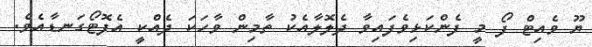
ޔޫ ވެއިޓް ފޯ މީ ފެންކަޅިވެފައިވާ ދެލޮލާއެކު ތާމިން ވާހަކަ ދެއްކީ އެފޮޓޯގަނޑާއެވެ.